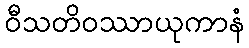
ဝီသတိဝဿာယုကာနံ